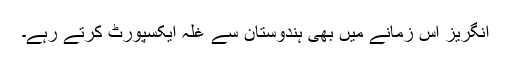
انگریز اس زمانے میں بھی ہندوستان سے غلہ ایکسپورٹ کرتے رہے۔